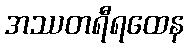
အဿတရီရထေန